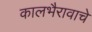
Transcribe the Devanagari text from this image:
कालभैरावाचे